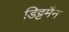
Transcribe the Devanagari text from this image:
डिट्टमैन